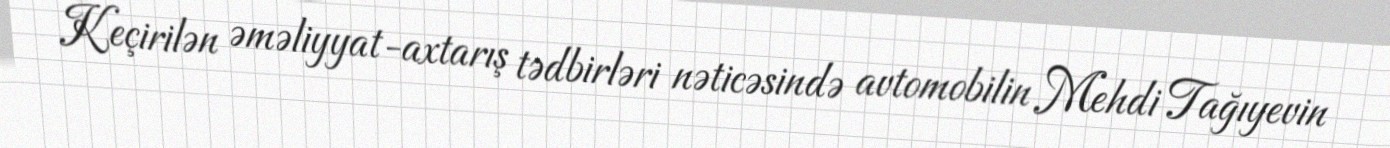
Keçirilən əməliyyat-axtarış tədbirləri nəticəsində avtomobilin Mehdi Tağıyevin